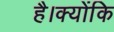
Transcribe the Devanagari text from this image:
है।क्योंकि